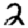
Digit: 2